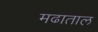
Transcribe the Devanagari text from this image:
मढाताल